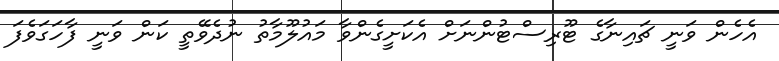
އެހެން ވަނީ ޗައިނާގެ ޓޫރިސްޓުންނަށް އެކަށީގެންވާ މައުލޫމާތު ނުދެވޭތީ ކަން ވަނީ ފާހަގަވެފަ